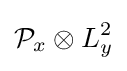
{\mathcal {P}}_{x}\otimes L_{y}^{2}